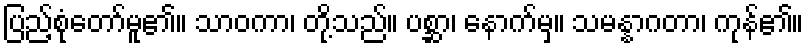
ပြည့်စုံတော်မူ၏။ သာဝကာ၊ တို့သည်။ ပစ္ဆာ၊ နောက်မှ။ သမန္နာဂတာ၊ ကုန်၏။